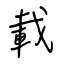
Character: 載